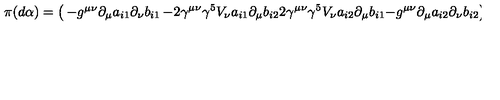
\pi ( d \alpha ) = \left( \begin{matrix} { - g ^ { \mu \nu } \partial _ { \mu } a _ { i 1 } \partial _ { \nu } b _ { i 1 } } & { - 2 \gamma ^ { \mu \nu } \gamma ^ { 5 } V _ { \nu } a _ { i 1 } \partial _ { \mu } b _ { i 2 } } \\ { 2 \gamma ^ { \mu \nu } \gamma ^ { 5 } V _ { \nu } a _ { i 2 } \partial _ { \mu } b _ { i 1 } } & { - g ^ { \mu \nu } \partial _ { \mu } a _ { i 2 } \partial _ { \nu } b _ { i 2 } } \\ \end{matrix} \right)